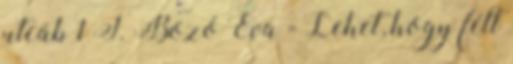
utcáb 1 F. Bozó Éva - Lehet, hogy félt